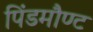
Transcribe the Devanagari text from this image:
पिंडमौण्ट